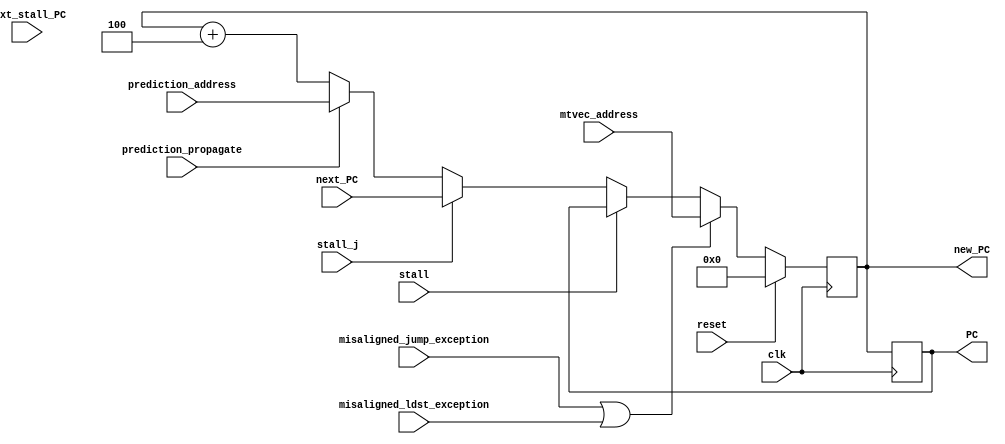
module Fetch
#(parameter SIZE=32)
(
	clk,
	reset,
	next_PC,
	stall,
	stall_j,
	new_PC,
	PC,
	next_stall_PC,
	misaligned_jump_exception,
	misaligned_ldst_exception,
	mtvec_address,
	prediction_address,
	prediction_propagate
);

	input							clk;
	input							reset;

	input 	  [SIZE-1:0]   next_PC;
	input 	  [SIZE-1:0]	next_stall_PC;
	input							stall;
	input							stall_j;
	input							misaligned_jump_exception;
	input 						misaligned_ldst_exception;
	input			[SIZE-1:0]	mtvec_address;
	input			[SIZE-1:0]	prediction_address;
	input 						prediction_propagate;

	output reg [SIZE-1:0] 		new_PC;
	output reg [SIZE-1:0]    	PC;
	

	always @(posedge clk)
	begin
		PC <= new_PC  ;
		if (reset == 1)
			new_PC <= 0;
		else if (misaligned_jump_exception | misaligned_ldst_exception)
			new_PC <= mtvec_address;
		else if (stall)  
			new_PC <= PC;
		else if (stall_j ) 
			new_PC <= next_PC;
		else if (prediction_propagate)
			new_PC <= prediction_address;
		else 
			new_PC <= new_PC+4;
	end	

	
endmodule